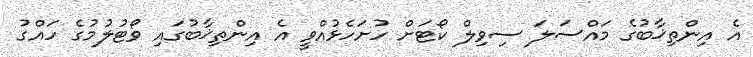
އެ އިންތިޚާބުގެ މައްސަލަ ސިވިލް ކޯޓަށް ހުށަހެޅުއްވީ އެ އިންތިޚާބުގައި ވޯޓުލުމުގެ ހައްގު